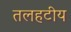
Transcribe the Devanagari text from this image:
तलहटीय